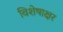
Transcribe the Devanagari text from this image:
विशेषाक्षर